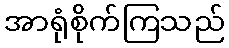
အာရုံစိုက်ကြသည်